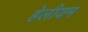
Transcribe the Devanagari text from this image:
हेलीयम